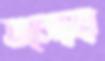
তালোড়ায়